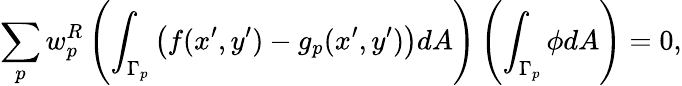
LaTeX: \sum_{p}w_{p}^{R}\left(\int_{\Gamma_{p}}\left(f(x^{\prime},y^{\prime})-g_{p}(x^{\prime},y^{\prime})\right)dA\right)\left(\int_{\Gamma_{p}}\phi dA\right)=0,